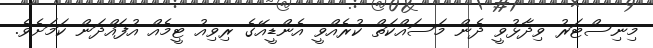
މިނިސްޓަރު ވިދާޅުވީ ދެން މަސައްކަތް ކުރެއްވީ އެންޑީއޭގެ ރިވިއު ޓީމެއް އުފައްދަން ކަމަށެވެ.